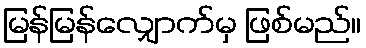
မြန်မြန်လျှောက်မှ ဖြစ်မည်။